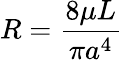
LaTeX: R=\frac{8\mu L}{\pi a^{4}}